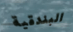
البندقية